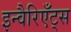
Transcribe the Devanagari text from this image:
इन्वैरिएँट्स